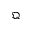
\mathfrak { Q }